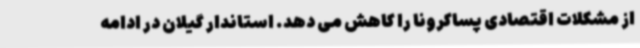
از مشکلات اقتصادی پساکرونا را کاهش می دهد. استاندار گیلان در ادامه